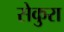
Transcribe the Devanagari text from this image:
सेकुरा